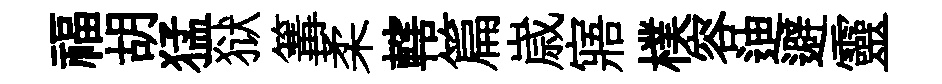
福胡猛狱篝柔轄篇𡻕寤樸容迪避靈